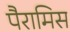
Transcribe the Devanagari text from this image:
पैरामिस